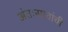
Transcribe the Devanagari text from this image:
अंतःस्रावांची